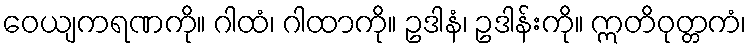
ဝေယျကရဏကို။ ဂါထံ၊ ဂါထာကို။ ဥဒါနံ၊ ဥဒါန်းကို။ ဣတိဝုတ္တကံ၊